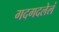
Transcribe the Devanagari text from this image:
गदगदलेलं